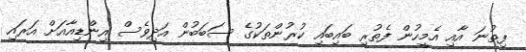
ފިތުނަ އާއި އެމީހުން ފެތުރި ބައިބައި ކުރުންތަކުގެ ސަބަބުން އަދިވެސް އިންޑިއާއަށް އަރައި